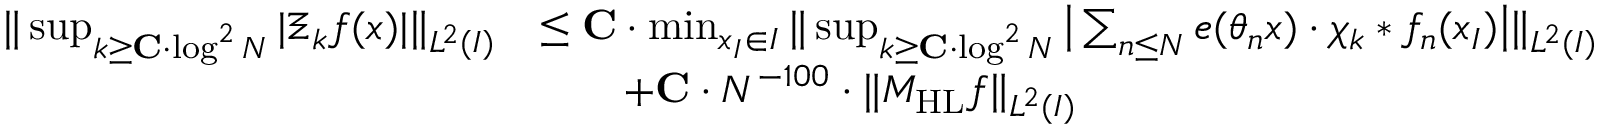
\begin{array} { r l } { \| \operatorname* { s u p } _ { k \geq \mathbf { C } \cdot \log ^ { 2 } N } | \Xi _ { k } f ( x ) | \| _ { L ^ { 2 } ( I ) } } & { \leq \mathbf { C } \cdot \operatorname* { m i n } _ { x _ { I } \in I } \| \operatorname* { s u p } _ { k \geq \mathbf { C } \cdot \log ^ { 2 } N } \big | \sum _ { n \leq N } e ( \theta _ { n } x ) \cdot \chi _ { k } * f _ { n } ( x _ { I } ) \big | \| _ { L ^ { 2 } ( I ) } } \\ & { \qquad + \mathbf { C } \cdot N ^ { - 1 0 0 } \cdot \| M _ { \mathrm { H L } } f \| _ { L ^ { 2 } ( I ) } } \end{array}